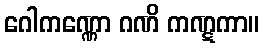
ဂေါကဏ္ဏော ဂဏိ ကဏ္ဋကာ။